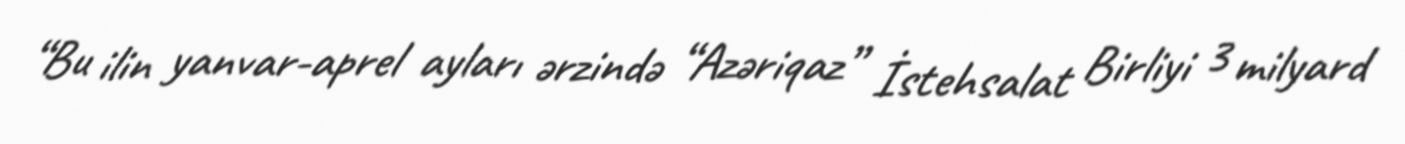
“Bu ilin yanvar-aprel ayları ərzində “Azəriqaz” İstehsalat Birliyi 3 milyard